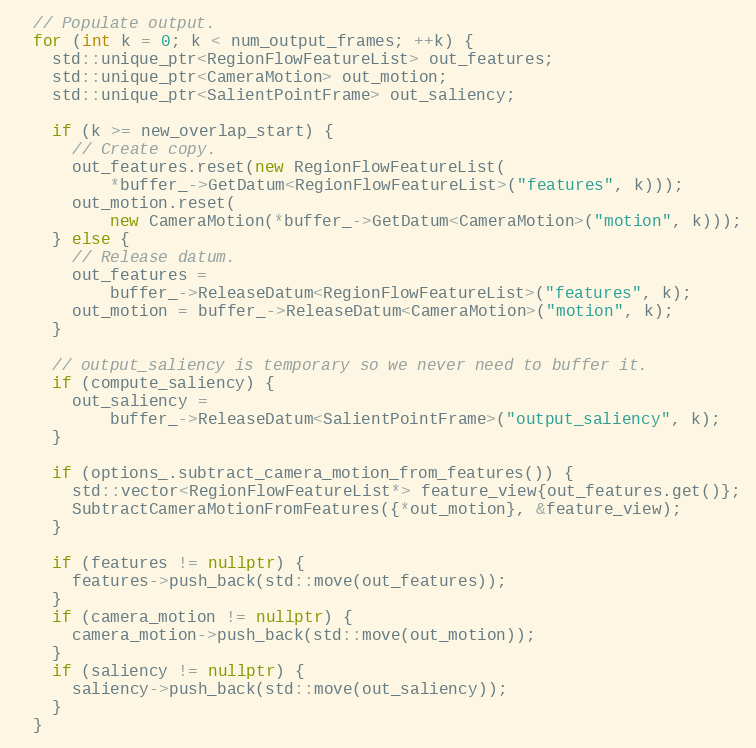
Language: C++
  // Populate output.
  for (int k = 0; k < num_output_frames; ++k) {
    std::unique_ptr<RegionFlowFeatureList> out_features;
    std::unique_ptr<CameraMotion> out_motion;
    std::unique_ptr<SalientPointFrame> out_saliency;

    if (k >= new_overlap_start) {
      // Create copy.
      out_features.reset(new RegionFlowFeatureList(
          *buffer_->GetDatum<RegionFlowFeatureList>("features", k)));
      out_motion.reset(
          new CameraMotion(*buffer_->GetDatum<CameraMotion>("motion", k)));
    } else {
      // Release datum.
      out_features =
          buffer_->ReleaseDatum<RegionFlowFeatureList>("features", k);
      out_motion = buffer_->ReleaseDatum<CameraMotion>("motion", k);
    }

    // output_saliency is temporary so we never need to buffer it.
    if (compute_saliency) {
      out_saliency =
          buffer_->ReleaseDatum<SalientPointFrame>("output_saliency", k);
    }

    if (options_.subtract_camera_motion_from_features()) {
      std::vector<RegionFlowFeatureList*> feature_view{out_features.get()};
      SubtractCameraMotionFromFeatures({*out_motion}, &feature_view);
    }

    if (features != nullptr) {
      features->push_back(std::move(out_features));
    }
    if (camera_motion != nullptr) {
      camera_motion->push_back(std::move(out_motion));
    }
    if (saliency != nullptr) {
      saliency->push_back(std::move(out_saliency));
    }
  }